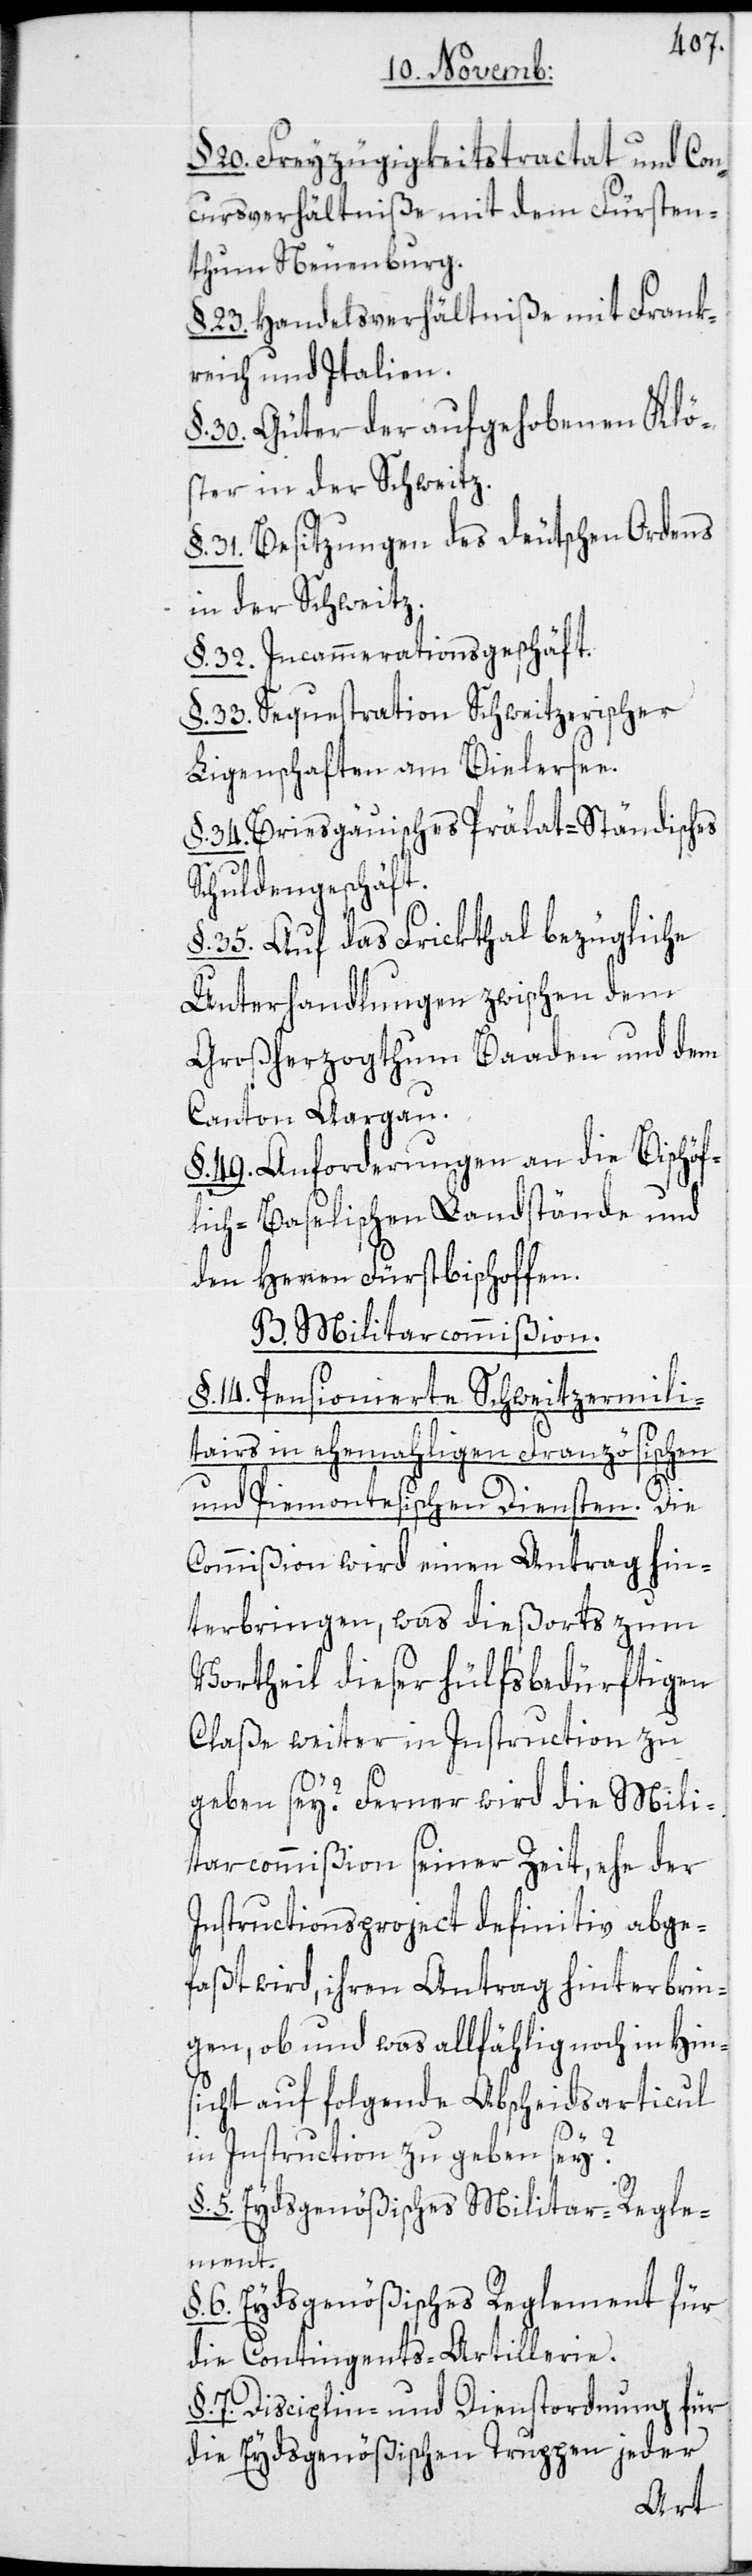
§. 20. Freyzügigkeitstractat und Con¬
cursverhältniße mit dem Fürsten¬
thum Neuenburg.
§. 23. Handelsverhältniße mit Frank¬
reich und Italien.
§. 30. Güter der aufgehobenen Klö¬
ster in der Schweitz.
§. 31. Besitzungen des Deutschen Ordens
in der Schweitz.
§. 32. Incammerationsgeschäft.
§. 33. Sequestration Schweitzerischer
Ligenschaften am Bielersee.
§. 34. Briesgäuisches Prälat-Ständisches
Schuldengeschäft.
§. 35. Auf das Frickthal bezügliche
Unterhandlungen zwischen dem
Großherzogthum Baaden und dem
Canton Aargau.
§. 49. Anforderungen an die Bischöf¬
flich-Baselischen Landstände und
den Herren Fürstbischoffen.
B. Militarcommißion.
§. 14. Pensionierte Schweitzermili¬
tairs in ehemahligen Französischen
und Piemontesischen Diensten. Die
Commißion wird einen Antrag hin¬
terbringen, was dießorts zum
Vortheil dieser hülfsbedürftigen
Claße weiter in Instruction zu
geben sey? Ferner wird die Mili¬
tarcommißion seiner Zeit, ehe der
Instructionsproject definitiv abge¬
faßt wird, ihren Antrag hinterbrin¬
gen, ob und was allfählig noch in Hin¬
sicht auf folgende Abscheidsarticul
in Instruction zu geben sey?
5. Eydsgenößisches Militar-Regle¬
ment.
§. 6. Eydsgenößisches Reglement für
die Contingents-Artillerie.
§ 7. Disciplin- und Dienstordnung für
die Eydsgenößischen Truppen jeder